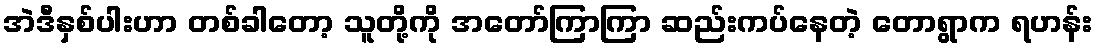
အဲဒီနှစ်ပါးဟာ တစ်ခါတော့ သူတို့ကို အတော်ကြာကြာ ဆည်းကပ်နေတဲ့ တောရွာက ရဟန်း